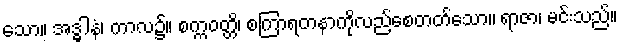
သော။ အဒ္ဓါနံ၊ ကာလ၌။ စက္ကဝတ္တိ၊ စကြာရတနာကိုလည်စေတတ်သော။ ရာဇာ၊ မင်းသည်။